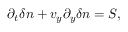
\partial _ { t } \delta n + v _ { y } \partial _ { y } \delta n = S ,